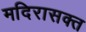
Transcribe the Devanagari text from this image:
मदिरासक्त